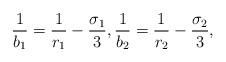
LaTeX: \begin{align*}\frac{1}{b_1} = \frac{1}{r_1} - \frac{\sigma_1}{3}, \frac{1}{b_2} = \frac{1}{r_2} - \frac{\sigma_2}{3},\end{align*}